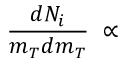
\frac { d N _ { i } } { m _ { T } d m _ { T } } ~ \propto ~